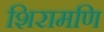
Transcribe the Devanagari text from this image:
शिरामणि